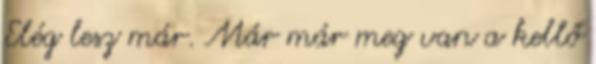
Elég lesz már. Már már meg van a kellő